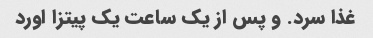
غذا سرد. و پس از یک ساعت یک پیتزا اورد